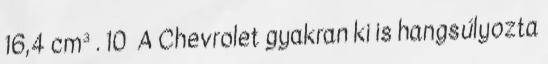
16,4 cm³ . 10 A Chevrolet gyakran ki is hangsúlyozta